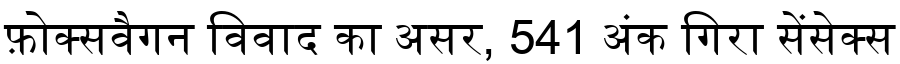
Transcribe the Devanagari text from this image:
फ़ोक्सवैगन विवाद का असर, 541 अंक गिरा सेंसेक्स